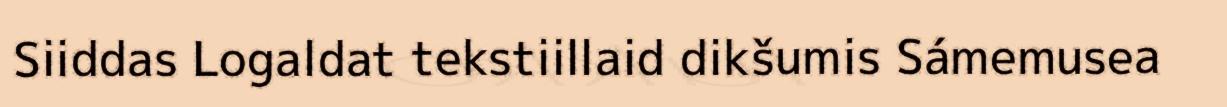
Siiddas Logaldat tekstiillaid dikšumis Sámemusea